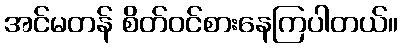
အင်မတန် စိတ်ဝင်စားနေကြပါတယ်။